Annual administration report of the Civil Veterinary Department of India - 1897-1898
Year: 1897
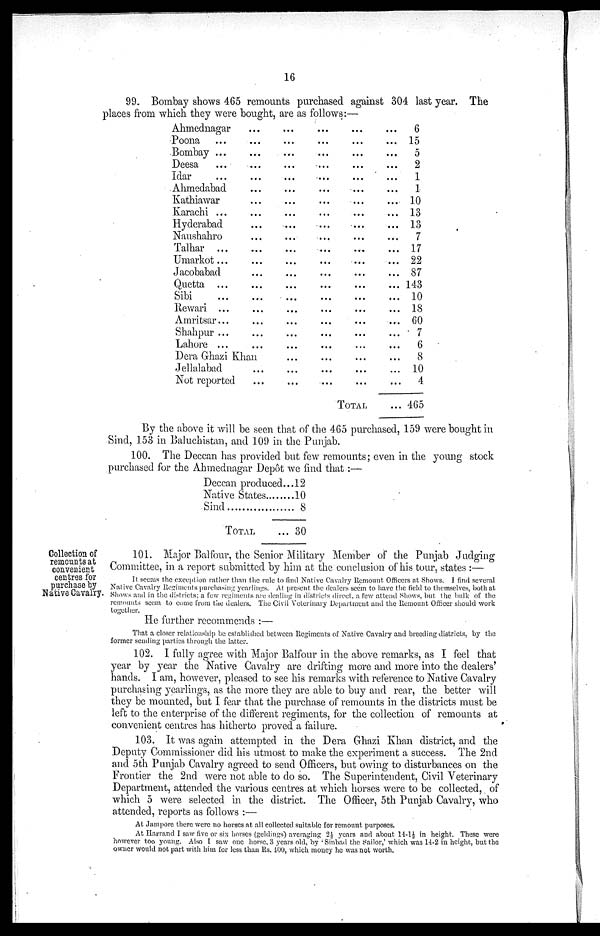
16
99. Bombay shows 465 remounts purchased against 304 last year. The
places from which they were bought, are as follows:—
Ahmednagar
Poona ...
Bombay ...
Deesa ...
Idar ...
Ahmedabad
Kathiawar
Karachi ...
Hyderabad
Naushahro
Talhar ...
Umarkot...
Jacobabad
Quetta ...
Sibi ...
Rewari ...
Amritsar...
Shahpur ...
Lahore ...
Dera Ghazi Khan
Jellalabad
Not reported
...
...
...
...
...
...
...
...
...
...
...
...
...
...
...
...
...
...
...
...
...
...
...
...
...
...
...
...
...
...
...
...
...
...
...
...
...
...
...
...
...
...
...
...
...
...
...
...
...
...
...
...
...
...
...
...
...
...
...
...
...
...
...
...
...
...
...
...
...
...
...
...
...
...
...
...
...
...
...
...
...
...
...
...
...
...
...
TOTAL
...
...
...
...
...
...
...
...
...
...
...
...
...
...
...
...
...
...
...
...
...
...
6
15
5
2
1
1
10
13
13
7
17
22
87
143
10
18
60
7
6
8
10
4
465
By the above it will be seen that of the 465 purchased, 159 were bought in
Sind, 153 in Baluchistan, and 109 in the Punjab.
100. The Deccan has provided but few remounts; even in the young stock
purchased for the Ahmednagar Depôt we find that:—
Deccan produced...
Native States ......
Sind .....................
TOTAL
12
10
8
30
Collection of
remounts at
convenient
centres for
purchase by
Native Cavalry.
101. Major Balfour, the Senior Military Member of the Punjab Judging
Committee, in a report submitted by him at the conclusion of his tour, states :—
It seems the exception rather than the rule to find Native Cavalry Remount Officers at Shows. I find several
Native Cavalry Regiments purchasing yearlings. At present the dealers seem to have the field to themselves, both at
Shows and in the districts; a few regiments are dealing in districts direct, a few attend Shows, but the bulk of the
remounts seem to come from the dealers. The Civil Veterinary Department and the Remount Officer should work
together.
He further recommends :—
That a closer relationship be established between Regiments of Native Cavalry and breeding districts, by the
former sending parties through the latter.
102. I fully agree with Major Balfour in the above remarks, as I feel that
year by year the Native Cavalry are drifting more and more into the dealers'
hands. I am, however, pleased to see his remarks with reference to Native Cavalry
purchasing yearlings, as the more they are able to buy and rear, the better will
they be mounted, but I fear that the purchase of remounts in the districts must be
left to the enterprise of the different regiments, for the collection of remounts at
convenient centres has hitherto proved a failure.
103. It was again attempted in the Dera Ghazi Khan district, and the
Deputy Commissioner did his utmost to make the experiment a success. The 2nd
and 5th Punjab Cavalry agreed to send Officers, but owing to disturbances on the
Frontier the 2nd were not able to do so. The Superintendent, Civil Veterinary
Department, attended the various centres at which horses were to be collected, of
which 5 were selected in the district. The Officer, 5th Punjab Cavalry, who
attended, reports as follows :—
At Jampore there were no horses at all collected suitable for remount purposes.
At Harrand I saw five or six horses (geldings) averaging 2½ years and about 14-1½ in height. These were
however too young. Also I saw one horse, 3 years old, by Sinbad the Sailor,' which was 14-2 in height, but the
owner would not part with him for less than Rs. 400, which money he was not worth.